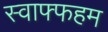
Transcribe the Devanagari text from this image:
स्वाफ्फहम